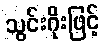
သွင်းဂိုးဖြင့်